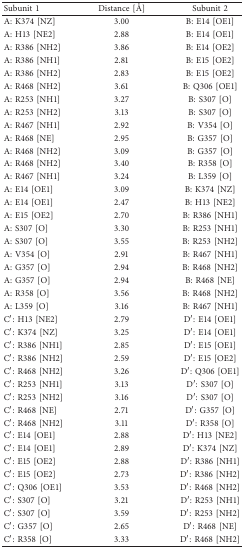
<table><thead><tr><td><b>Subunit 1</b></td><td><b>Distance [Å]</b></td><td><b>Subunit 2</b></td></tr></thead><tbody><tr><td>A: K374 [NZ]</td><td>3.00</td><td>B: E14 [OE1]</td></tr><tr><td>A: H13 [NE2]</td><td>2.88</td><td>B: E14 [OE1]</td></tr><tr><td>A: R386 [NH2]</td><td>3.86</td><td>B: E14 [OE2]</td></tr><tr><td>A: R386 [NH1]</td><td>2.81</td><td>B: E15 [OE2]</td></tr><tr><td>A: R386 [NH2]</td><td>2.83</td><td>B: E15 [OE2]</td></tr><tr><td>A: R468 [NH2]</td><td>3.61</td><td>B: Q306 [OE1]</td></tr><tr><td>A: R253 [NH1]</td><td>3.27</td><td>B: S307 [O]</td></tr><tr><td>A: R253 [NH2]</td><td>3.13</td><td>B: S307 [O]</td></tr><tr><td>A: R467 [NH1]</td><td>2.92</td><td>B: V354 [O]</td></tr><tr><td>A: R468 [NE]</td><td>2.95</td><td>B: G357 [O]</td></tr><tr><td>A: R468 [NH2]</td><td>3.09</td><td>B: G357 [O]</td></tr><tr><td>A: R468 [NH2]</td><td>3.40</td><td>B: R358 [O]</td></tr><tr><td>A: R467 [NH1]</td><td>3.24</td><td>B: L359 [O]</td></tr><tr><td>A: E14 [OE1]</td><td>3.09</td><td>B: K374 [NZ]</td></tr><tr><td>A: E14 [OE1]</td><td>2.47</td><td>B: H13 [NE2]</td></tr><tr><td>A: E15 [OE2]</td><td>2.70</td><td>B: R386 [NH1]</td></tr><tr><td>A: S307 [O]</td><td>3.30</td><td>B: R253 [NH1]</td></tr><tr><td>A: S307 [O]</td><td>3.55</td><td>B: R253 [NH2]</td></tr><tr><td>A: V354 [O]</td><td>2.91</td><td>B: R467 [NH1]</td></tr><tr><td>A: G357 [O]</td><td>2.94</td><td>B: R468 [NH2]</td></tr><tr><td>A: G357 [O]</td><td>2.94</td><td>B: R468 [NE]</td></tr><tr><td>A: R358 [O]</td><td>3.56</td><td>B: R468 [NH2]</td></tr><tr><td>A: L359 [O]</td><td>3.16</td><td>B: R467 [NH1]</td></tr><tr><td>C′: H13 [NE2]</td><td>2.79</td><td>D′: E14 [OE1]</td></tr><tr><td>C′: K374 [NZ]</td><td>3.25</td><td>D′: E14 [OE1]</td></tr><tr><td>C′: R386 [NH1]</td><td>2.85</td><td>D′: E15 [OE1]</td></tr><tr><td>C′: R386 [NH2]</td><td>2.59</td><td>D′: E15 [OE2]</td></tr><tr><td>C′: R468 [NH2]</td><td>3.26</td><td>D′: Q306 [OE1]</td></tr><tr><td>C′: R253 [NH1]</td><td>3.13</td><td>D′: S307 [O]</td></tr><tr><td>C′: R253 [NH2]</td><td>3.16</td><td>D′: S307 [O]</td></tr><tr><td>C′: R468 [NE]</td><td>2.71</td><td>D′: G357 [O]</td></tr><tr><td>C′: R468 [NH2]</td><td>3.11</td><td>D′: R358 [O]</td></tr><tr><td>C′: E14 [OE1]</td><td>2.88</td><td>D′: H13 [NE2]</td></tr><tr><td>C′: E14 [OE1]</td><td>2.89</td><td>D′: K374 [NZ]</td></tr><tr><td>C′: E15 [OE2]</td><td>2.88</td><td>D′: R386 [NH1]</td></tr><tr><td>C′: E15 [OE2]</td><td>2.73</td><td>D′: R386 [NH2]</td></tr><tr><td>C′: Q306 [OE1]</td><td>3.53</td><td>D′: R468 [NH2]</td></tr><tr><td>C′: S307 [O]</td><td>3.21</td><td>D′: R253 [NH1]</td></tr><tr><td>C′: S307 [O]</td><td>3.59</td><td>D′: R253 [NH2]</td></tr><tr><td>C′: G357 [O]</td><td>2.65</td><td>D′: R468 [NE]</td></tr><tr><td>C′: R358 [O]</td><td>3.33</td><td>D′: R468 [NH2]</td></tr></tbody></table>